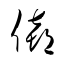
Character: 僖